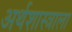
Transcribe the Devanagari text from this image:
अर्थशास्त्राला